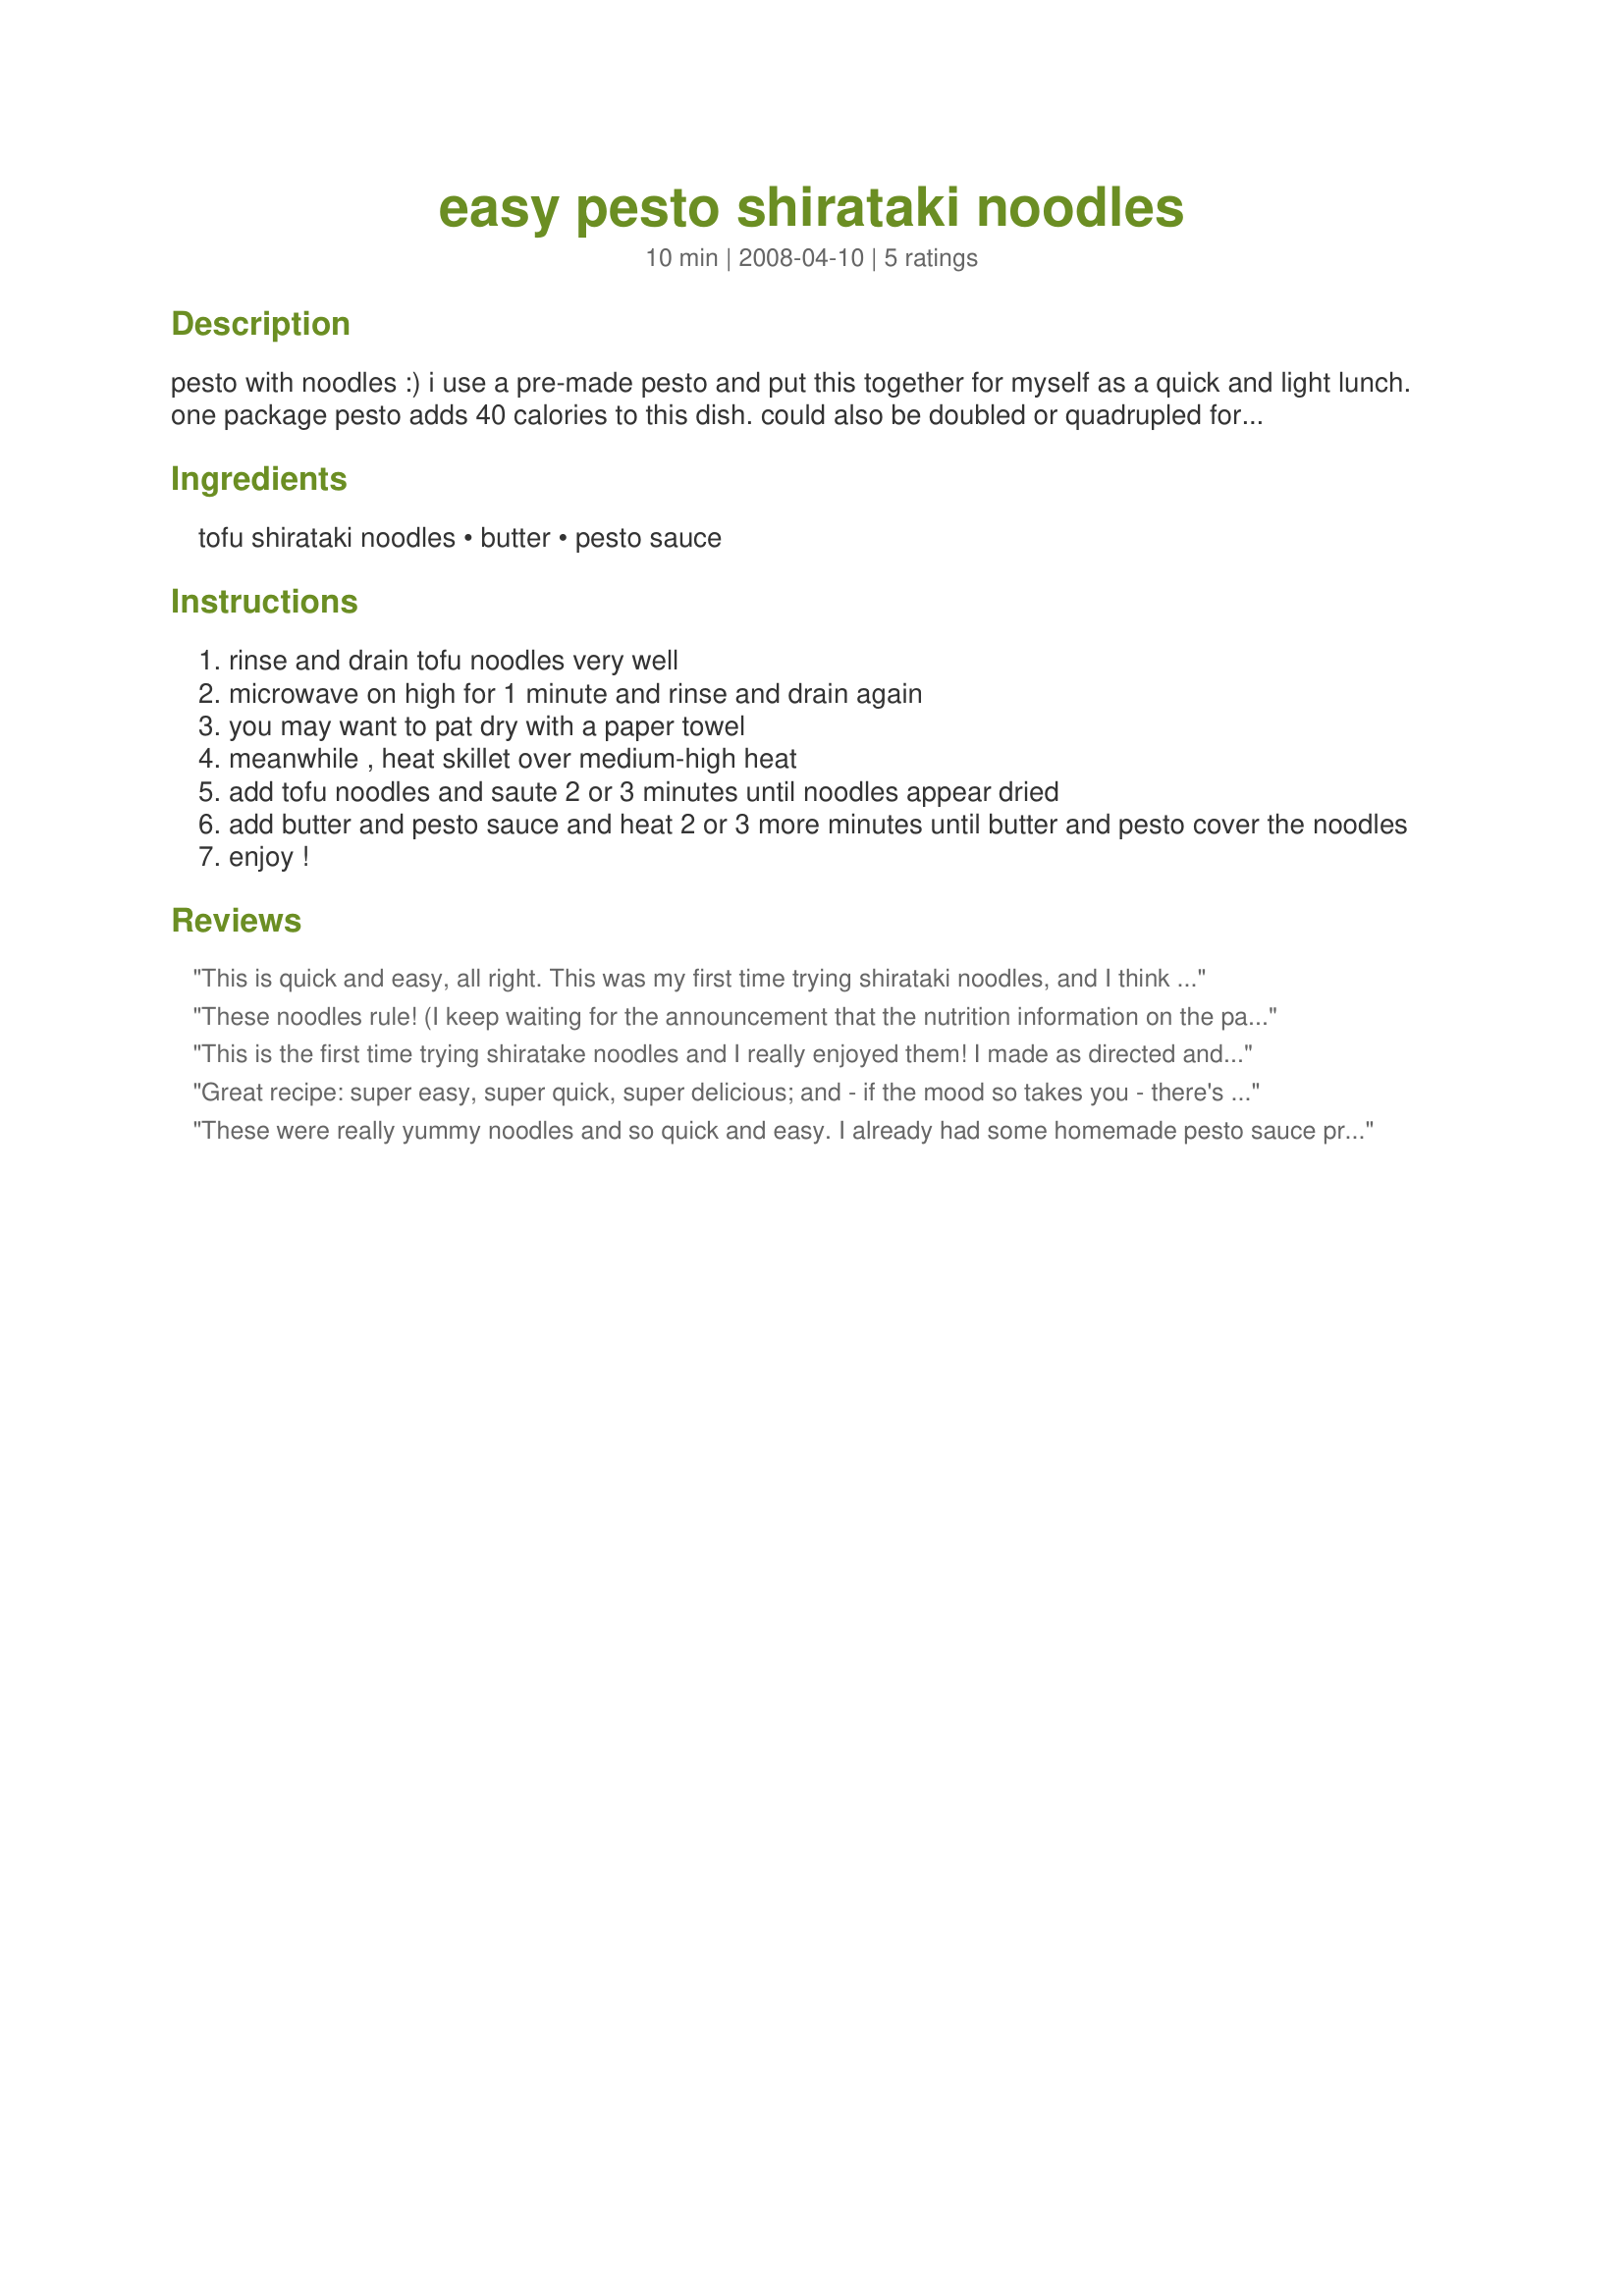
easy pesto shirataki noodles
Preparation time: 10 minutes

pesto with noodles :) i use a pre-made pesto and put this together for myself as a quick and light lunch. one package pesto adds 40 calories to this dish. could also be doubled or quadrupled for a family meal or side dish.

Ingredients:
tofu shirataki noodles, butter, pesto sauce

Steps:
rinse and drain tofu noodles very well
microwave on high for 1 minute and rinse and drain again
you may want to pat dry with a paper towel
meanwhile , heat skillet over medium-high heat
add tofu noodles and saute 2 or 3 minutes until noodles appear dried
add butter and pesto sauce and heat 2 or 3 more minutes until butter and pesto cover the noodles
enjoy !

Reviews:
This is quick and easy, all right. This was my first time trying shirataki noodles, and I think they take a bit of getting used to (the package warned of the "authentic aroma") but for so few calories I can make the adjustment. I added a bit more pesto, just to personal taste. Thanks, Brooke!
These noodles rule! (I keep waiting for the announcement that the nutrition information on the package is incorrect, since surely they're too good to be true.) Step#2 took more like 10 minutes for the noodles to appear dried. I omitted the butter, instead splurging on some romano and asiago cheese. Thanks for sharing another easy way to enjoy shirataki noodles! Made for the Photo Tag Game.
This is the first time trying shiratake noodles and I really enjoyed them! I made as directed and then added a little more pesto. I used fettucini noodles as that is all I could find. Thanks Brooke!
Great recipe: super easy, super quick, super delicious; and - if the mood so takes you - there's scope for adding a few more ingredients if you have just a few more minutes available! But seriously, the recipe is great exactly as it is. I used an excellent quality pesto from a long-trusted Greek deli, and made this exactly to the recipe. This will be a regular quick meal for me now, Brooke! Thanks for sharing this recipe.
These were really yummy noodles and so quick and easy. I already had some homemade pesto sauce prepared, so it took me no time to have this ready for my family today when I felt too busy to cook! I had a little trouble trying to decide how to adjust this to make enough for my family. I think the serving sizes are a little large, but maybe it's just me. Thanks Brooke! Made for Zaar Tag.
